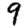
Digit: 9